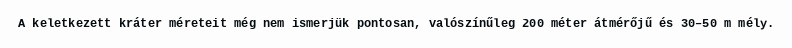
A keletkezett kráter méreteit még nem ismerjük pontosan, valószínűleg 200 méter átmérőjű és 30–50 m mély.